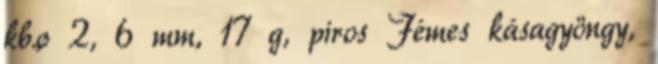
kb.ø 2, 6 mm, 17 g, piros Fémes kásagyöngy,